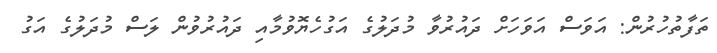
ތަފާތުހުރުން: އަވަސް އަވަހަށް ދައުރުވާ މުދަލުގެ އަގުހެޔޮވުމާއި ދައުރުވުން ލަސް މުދަލުގެ އަގު